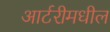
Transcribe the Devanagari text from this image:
आर्टरीमधील